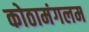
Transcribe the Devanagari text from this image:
कोठामंगलम